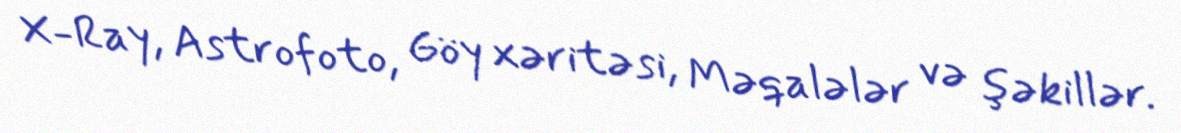
X-Ray, Astrofoto, Göy xəritəsi, Məqalələr və şəkillər.